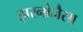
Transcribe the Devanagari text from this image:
झरनोजैसा